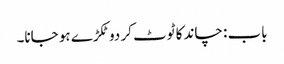
باب : چاند کا ٹوٹ کر دو ٹکڑے ہو جانا۔